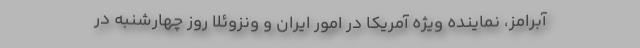
آبرامز، نماینده ویژه آمریکا در امور ایران و ونزوئلا روز چهارشنبه در